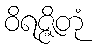
ဝိရဇ္ဇိတုံ